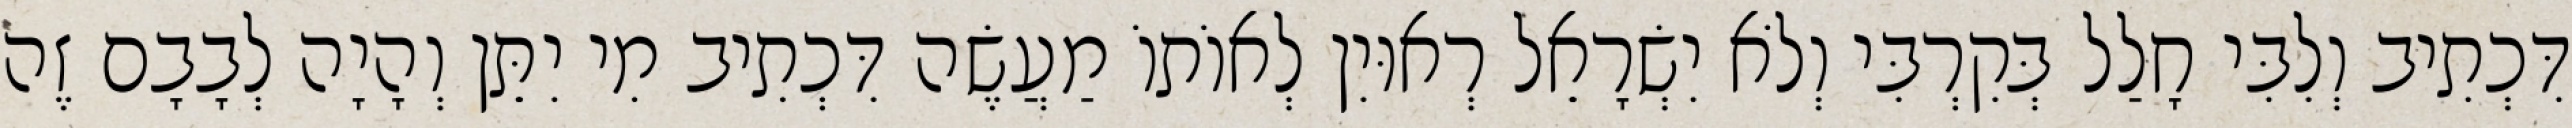
דִּכְתִיב וְלִבִּי חָלַל בְּקִרְבִּי וְלֹא יִשְׂרָאֵל רְאוּיִן לְאוֹתוֹ מַעֲשֶׂה דִּכְתִיב מִי יִתֵּן וְהָיָה לְבָבָם זֶה